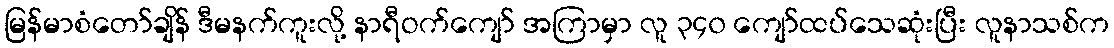
မြန်မာစံတော်ချိန် ဒီမနက်ကူးလို့ နာရီဝက်ကျော် အကြာမှာ လူ ၃၄၀ ကျော်ထပ်သေဆုံးပြီး လူနာသစ်က